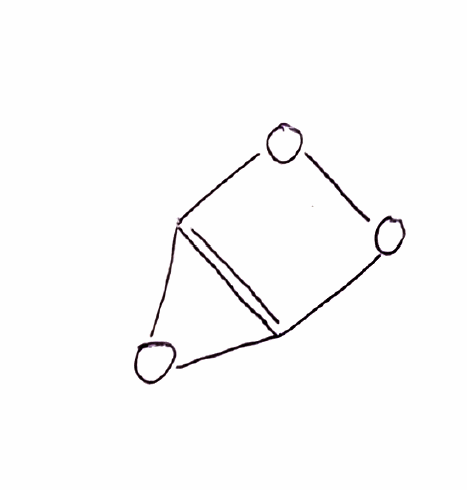
Simplified molecular-input line-entry system (SMILES) notation of the given molecule:
C12=C(O1)OO2